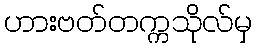
ဟားဗတ်တက္ကသိုလ်မှ